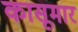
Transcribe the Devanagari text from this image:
कासूमार